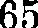
65